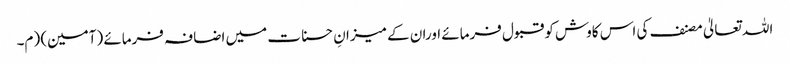
اللہ تعالیٰ مصنف کی اس کاوش کوقبول فرمائے اوران کے میزانِ حسنات میں اضافہ فرمائے (آمین) (م۔